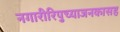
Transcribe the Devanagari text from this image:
नगारीरिपुच्याजनकासह